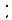
: